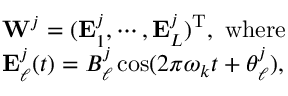
\begin{array} { r l } & { \mathbf { W } ^ { j } = ( \mathbf { E } _ { 1 } ^ { j } , \cdots , \mathbf { E } _ { L } ^ { j } ) ^ { \mathrm { T } } , \mathrm { ~ w h e r e ~ } } \\ & { \mathbf { E } _ { \ell } ^ { j } ( t ) = B _ { \ell } ^ { j } \cos ( 2 \pi \boldsymbol { \omega } _ { k } t + \boldsymbol { \theta } _ { \ell } ^ { j } ) , } \end{array}